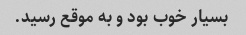
بسیار خوب بود و به موقع رسید.